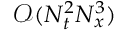
\mathcal { O } ( N _ { t } ^ { 2 } N _ { x } ^ { 3 } )